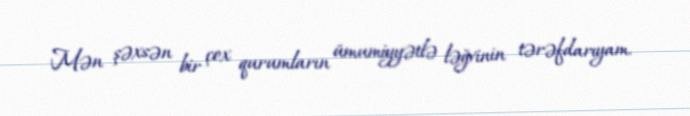
Mən şəxsən bir çox qurumların ümumiyyətlə ləğvinin tərəfdarıyam.